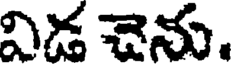
విడ చెను.